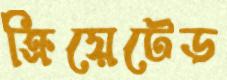
ক্রিয়েটেড